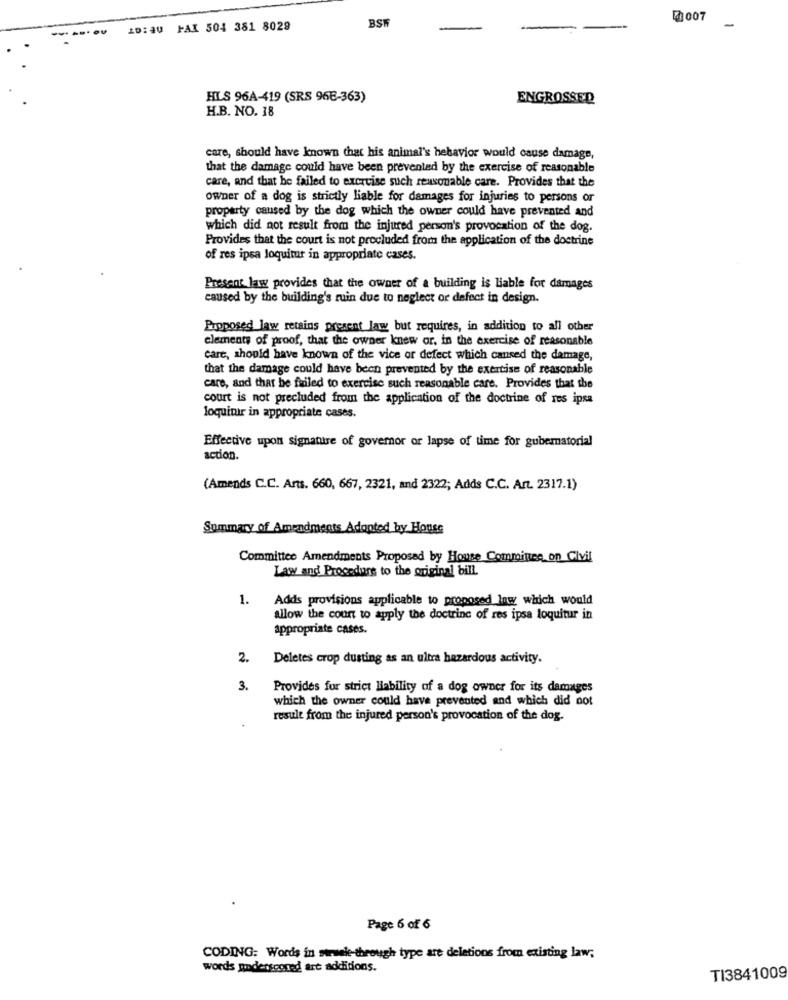
007
ID:40 FAI 504 381 8029
BSW
-
-
HLS 96A-419 (SRS 96E-363)
ENGROSSED
H.B. NO. 18
care, should have known that his animal's hebavior would cause damage,
that the damage could have been prevented by the exercise of reasonable
care, and that he failed to excruise such reasonable care. Provides that the
owner of a dog is strictly liable for damages for injuries to persons or
property caused by the dog which the owner could have prevented and
which did not result from the injured person's provocation of the dog.
Provides that the court is not precluded from the application of the doctrine
of res ipsa loquitur in appropriate cases.
Present law provides that the owner of a building is liable for damages
caused by the building's ruin due to neglect or defect in design.
Proposed law retains present law but requires, in addition to all other
elements of proof, that the owner knew or, in the exercise of reasonable
care, should have known of the vice or defect which caused the damage,
that the damage could have been prevented by the exercise of reasonable
care, and that he failed to exercise such reasonable care. Provides that the
court is not precluded from the application of the doctrine of res ipsa
loquinir in appropriate cases.
Effective upon signature of governor or lapse of time for gubernatorial
action.
(Amends C.C. Arts. 660, 667, 2321, and 2322; Adds C.C. Art. 2317.1)
Summary of Amendments Adopted by House
Committee Amendments Proposed by House Committee on Civil
Law and Procedure to the original bill
1.
Adds provisions applicable to proposed low which would
allow the count to apply the doctrine of res ipsa loquitur in
appropriate cases.
2.
Deletes crop dusting as an ultra hazardous activity.
3.
Provides for strict liability of a dog owner for its damages
which the owner could have prevented and which did not
result from the injured person's provocation of the dog.
Page 6 of 6
CODING: Words in strwele-through type are deletions from existing law;
words underscored art additions.
TI3841009